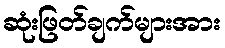
ဆုံးဖြတ်ချက်များအား